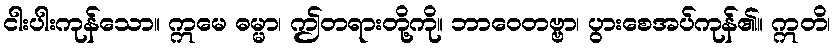
ငါးပါးကုန်သော။ ဣမေ ဓမ္မာ၊ ဤတရားတို့ကို။ ဘာဝေတဗ္ဗာ၊ ပွားစေအပ်ကုန်၏။ ဣတိ၊